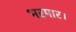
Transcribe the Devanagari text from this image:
भरमार।